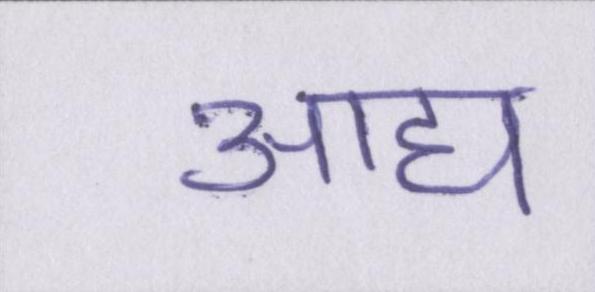
आद्य